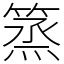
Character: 篜